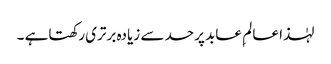
لہٰذا عالم ِ عابد پرحد سے زیادہ برتری رکھتاہے ۔